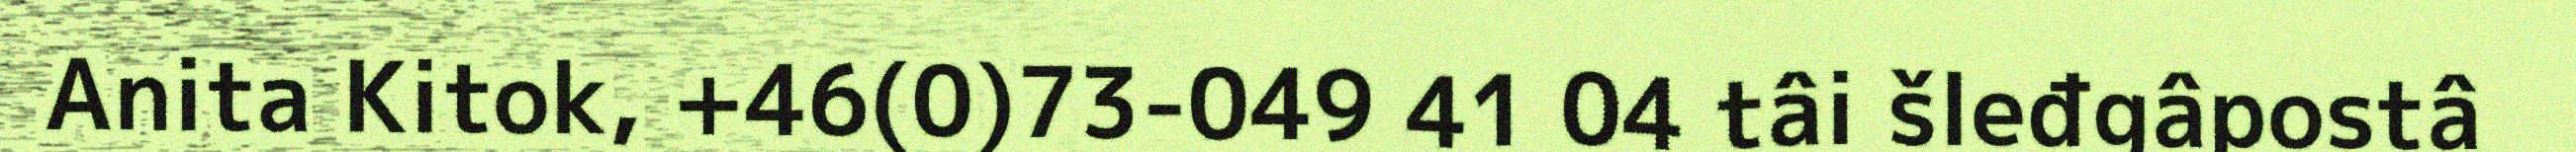
Anita Kitok, +46(0)73-049 41 04 tâi šleđgâpostâ